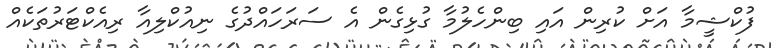
ފުކްޝީމާ އަށް ކުރިން އައި ބިންހެލުމާ ގުޅިގެން އެ ސަރަހައްދުގެ ނިއުކްލިއާ ރިއެކްޓަރުތަކެއް